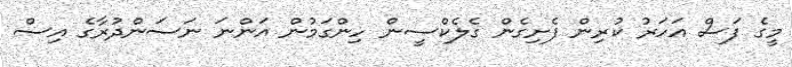
މީގެ ފަސް އަހަރު ކުރިން ފެށިގެން ގެލެކްސީން ހިންގަމުން އަންނަ ނަސަންދުރާގެ އިސް